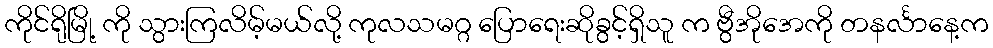
ကိုင်ရိုမြို့ ကို သွားကြလိမ့်မယ်လို့ ကုလသမဂ္ဂ ပြောရေးဆိုခွင့်ရှိသူ က ဗွီအိုအေကို တနင်္လာနေ့က